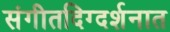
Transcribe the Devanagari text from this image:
संगीतदिग्दर्शनात